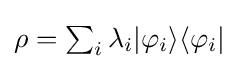
\rho =\textstyle \sum _{i}\lambda _{i}|\varphi _{i}\rangle \langle \varphi _{i}|